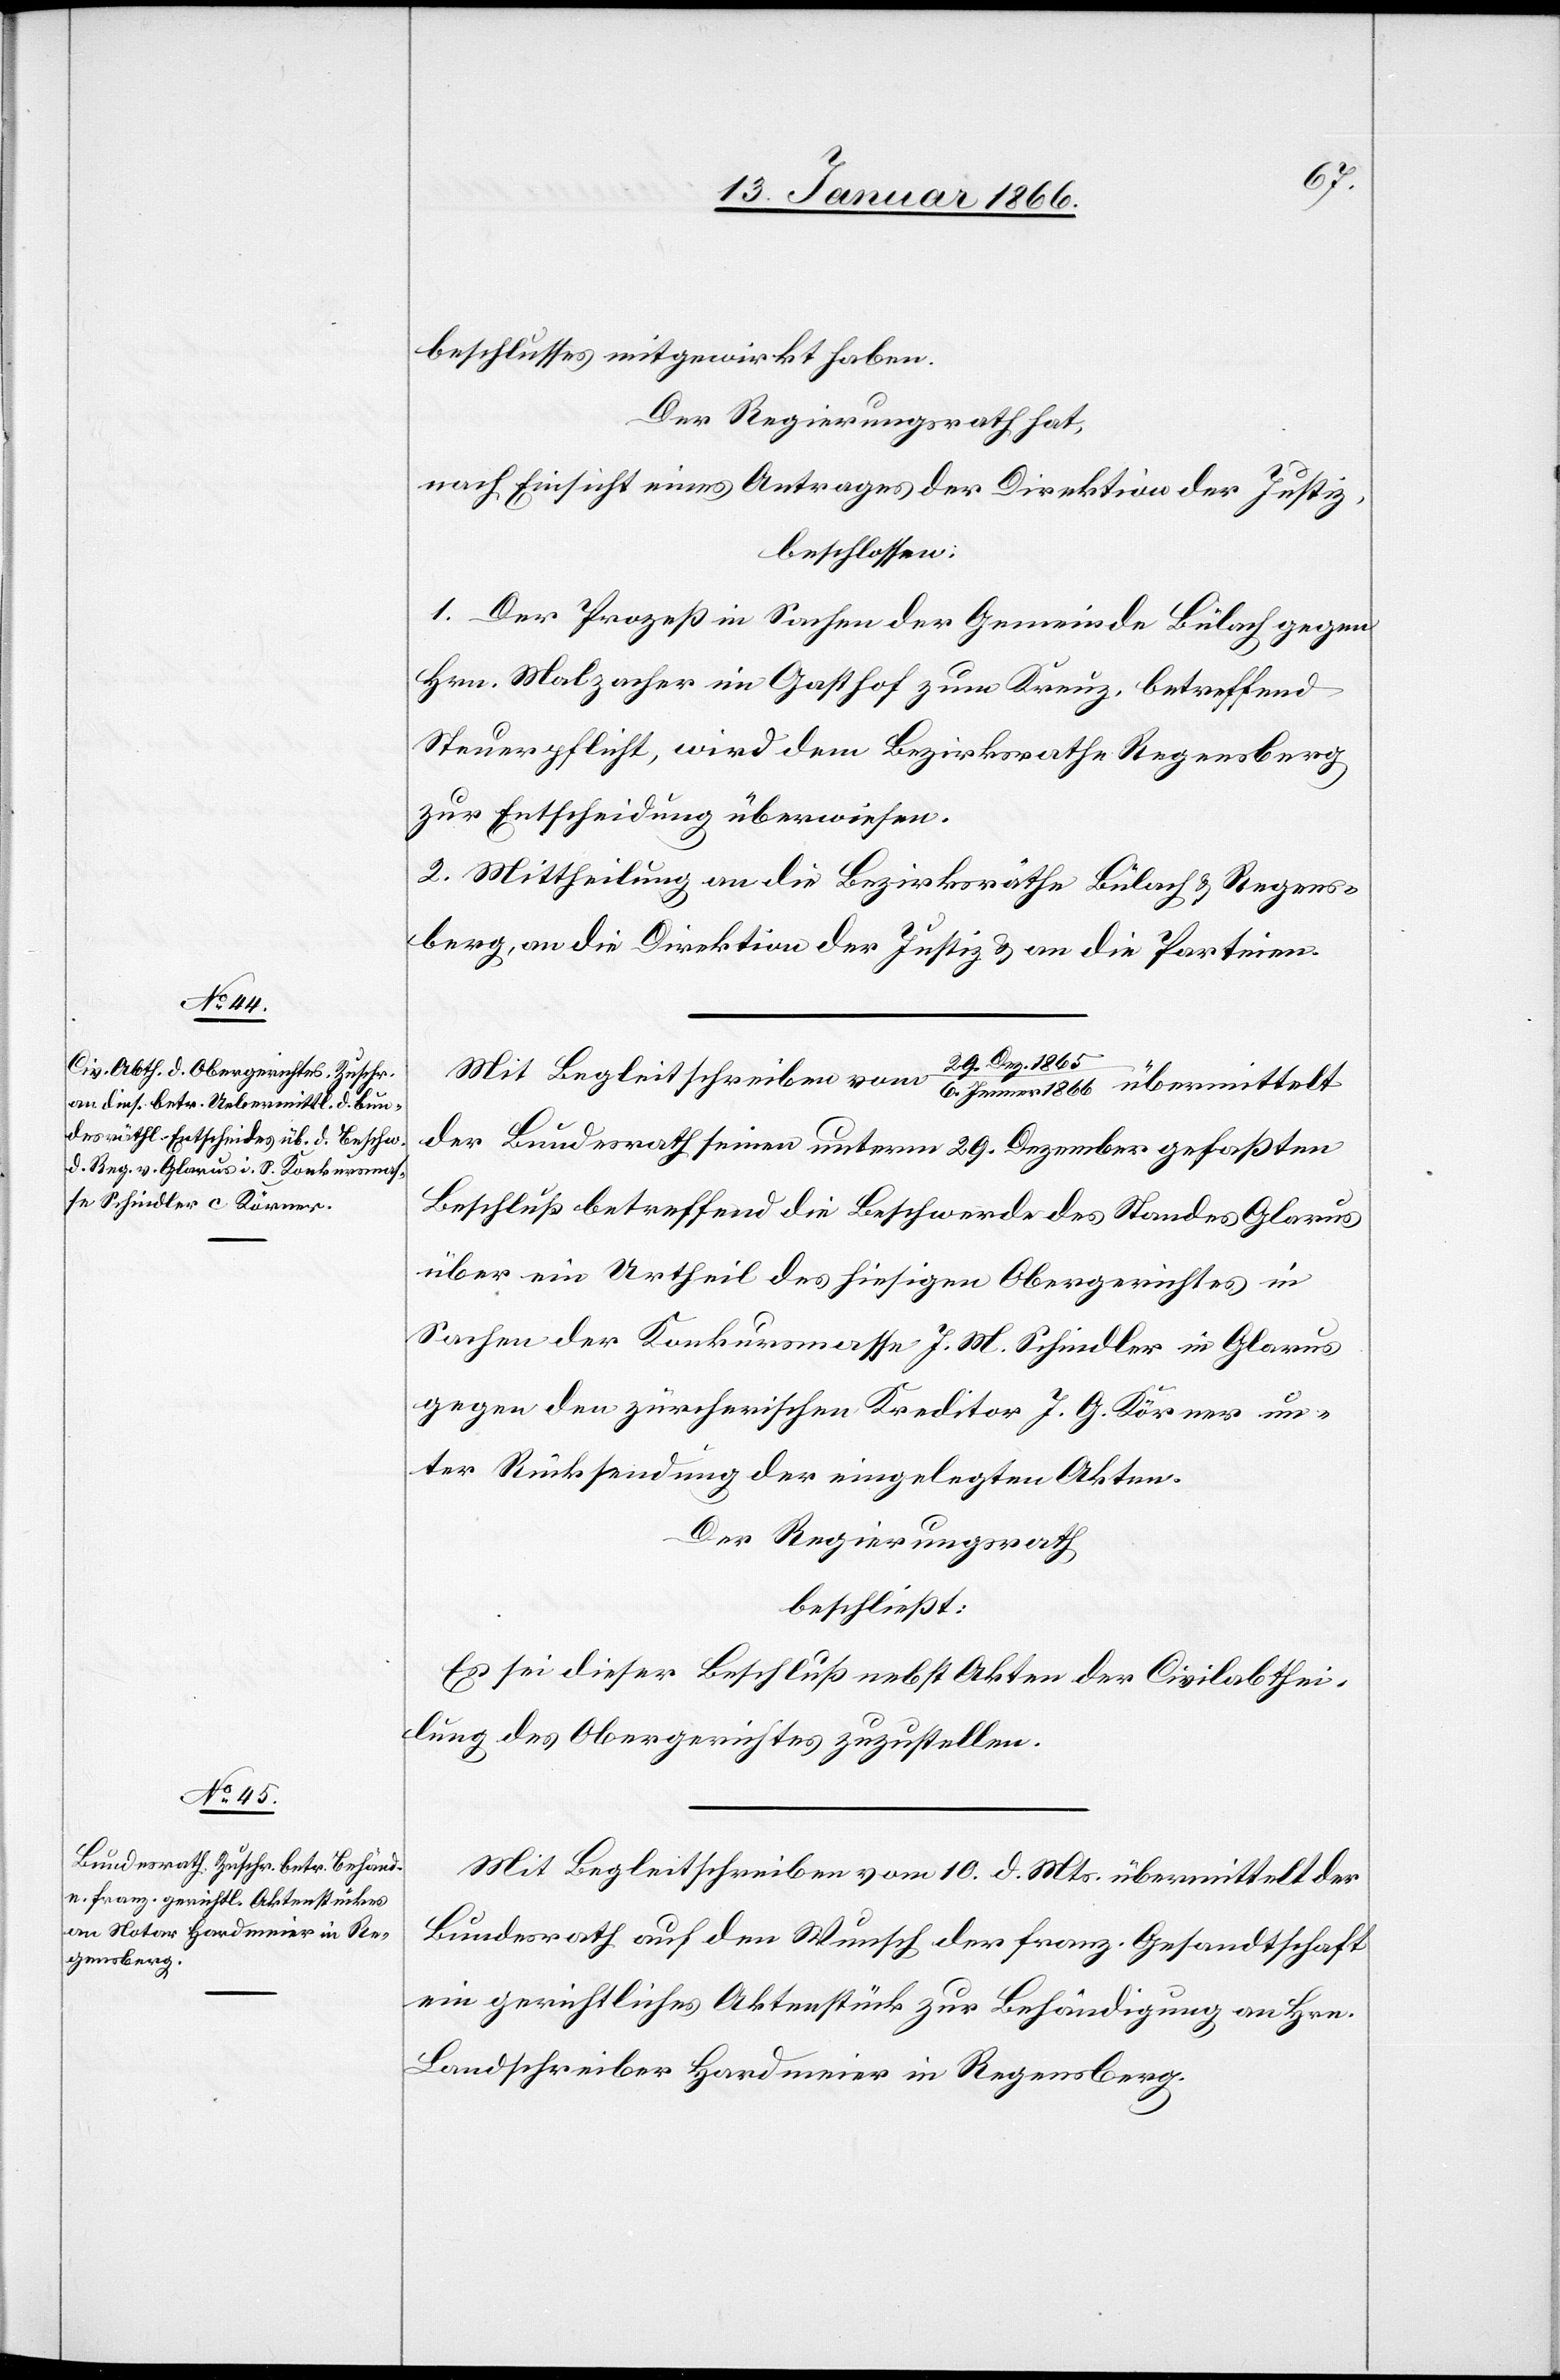
beschlusses mitgewirkt haben
Der Regierungsrath hat,
nach Einsicht eines Antrages der Direktion der Justiz,
beschlossen:
1. Der Prozeß in Sachen der Gemeinde Bülach gegen
Hrn. Malzacher im Gasthof zum Kreuz, betreffend
Steuerpflicht, wird dem Bezirksrathe Regensberg
zur Entscheidung überwiesen.
2. Mittheilung an die Bezirksräthe Bülach u. Regens¬
berg, an die Direktion der Justiz u. an die Parteien.
Mit Begleitschreiben vom 29. Dez. 1865/6. Jenner 1866 übermittelt
der Bundesrath seinen unterm 29. Dezember gefaßten
Beschluß betreffend die Beschwerde des Standes Glarus
über ein Urtheil des hiesigen Obergerichtes in
Sachen der Konkursmasse J. M. Schindler in Glarus
gegen den zürcherischen Kreditor J. G. Körner un¬
ter Rücksendung der eingelegten Akten.
Der Regierungsrath
beschließt:
Es sei dieser Beschluß nebst Akten der Civilabthei¬
lung des Obergerichtes zuzustellen.
Mit Begleitschreiben vom 10. d. Mts. übermittelt der
Bundesrath auf den Wunsch der franz. Gesandtschaft
ein gerichtliches Aktenstück zur Behändigung an Hrn.
Landschreiber Hardmeier in Regensberg.